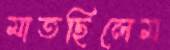
মাতছিলেম